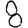
Digit: 8